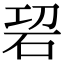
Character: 𥑱